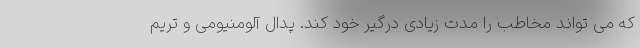
که می تواند مخاطب را مدت زیادی درگیر خود کند. پدال آلومنیومی و تریم